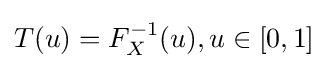
T(u)=F_{X}^{-1}(u),u\in [0,1]